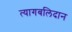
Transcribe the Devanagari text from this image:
त्यागबलिदान